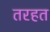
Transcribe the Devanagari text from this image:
तरहत